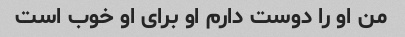
من او را دوست دارم او برای او خوب است